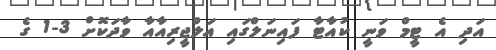
އަދި އެ ޓީމް ވަނީ ކުއާޓާ ފައިނަލްގައި އަލްޖީރިއާއާ ވާދަކޮށް 3-1 ގެ